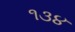
૧૩૪